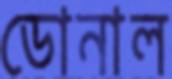
ডোনাল